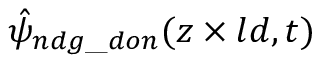
\hat { \psi } _ { n d g \_ d o n } ( z \times l d , t )